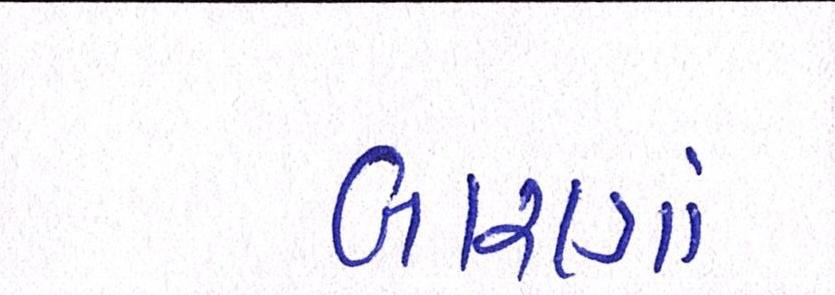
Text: બારણાં